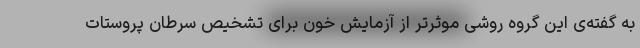
به گفته‌ی این گروه روشی موثرتر از آزمایش خون برای تشخیص سرطان پروستات